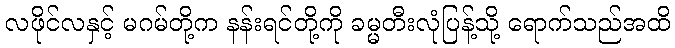
လဖိုင်လနှင့် မဂမ်တို့က နန်းရင်တို့ကို ခမ္မတီးလုံပြန့်သို့ ရောက်သည်အထိ